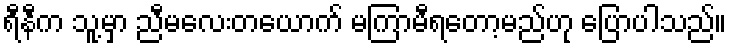
ရီနီက သူ့မှာ ညီမလေးတယောက် မကြာမီရတော့မည်ဟု ပြောပါသည်။